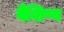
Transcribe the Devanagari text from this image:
वैशिष्य